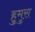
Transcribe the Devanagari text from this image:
हुमुस